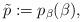
LaTeX: \begin{align*}\tilde p:=p_\beta(\beta),\end{align*}